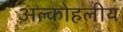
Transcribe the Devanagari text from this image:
अल्कोहलीय